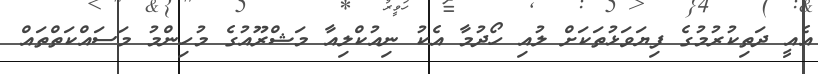
އެއީ ދަތިކުރުމުގެ ފިޔަވަޅުތަކަށް ލުއި ހޯދުމާ އެކު ނިއުކްލިއާ މަޝްރޫއުގެ މުހިންމު މަސައްކަތްތައް